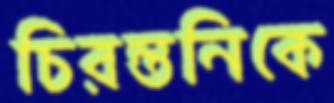
চিরন্তনিকে